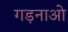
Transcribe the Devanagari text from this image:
गड़नाओ